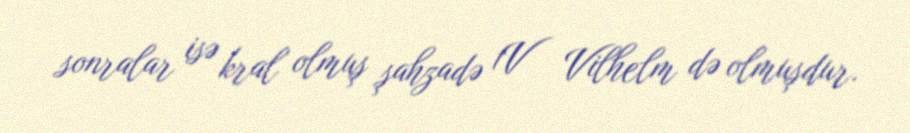
sonralar isə kral olmuş şahzadə 1V Vilhelm də olmuşdur.